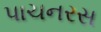
પાચનરસ